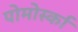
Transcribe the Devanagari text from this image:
पोमोर्स्का